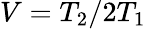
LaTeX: V=T_{2}/2T_{1}